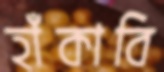
হাঁকাবি